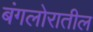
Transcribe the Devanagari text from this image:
बंगलोरातील